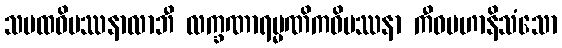
သမထဝိပဿနာလာဘီ လက္ခဏာရမ္မဏိကဝိပဿနာ ကီဝမဟာနိသံသော